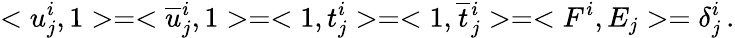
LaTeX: <u_{j}^{i},1>=<\overline{{{u}}}{}_{j}^{i},1>=<1,t_{j}^{i}>=<1,\overline{{{t}}}{}_{j}^{i}>=<F^{i},E_{j}>=\delta_{j}^{i}\, .